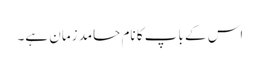
اس کے باپ کا نام حامد زمان ہے۔